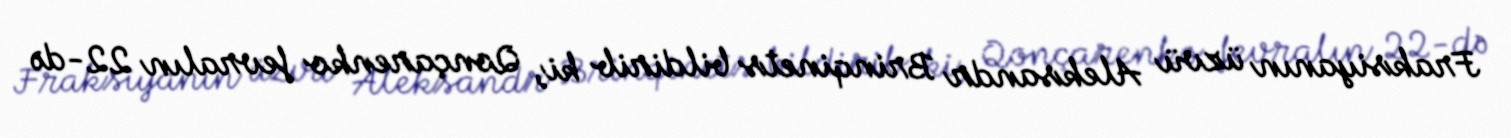
Fraksiyanın üzvü Aleksandr Brinqinets bildirib ki, Qonçarenko fevralın 22-də